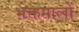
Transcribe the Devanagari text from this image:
भक्तमालों